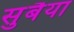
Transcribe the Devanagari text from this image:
सुबैया